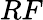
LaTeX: RF